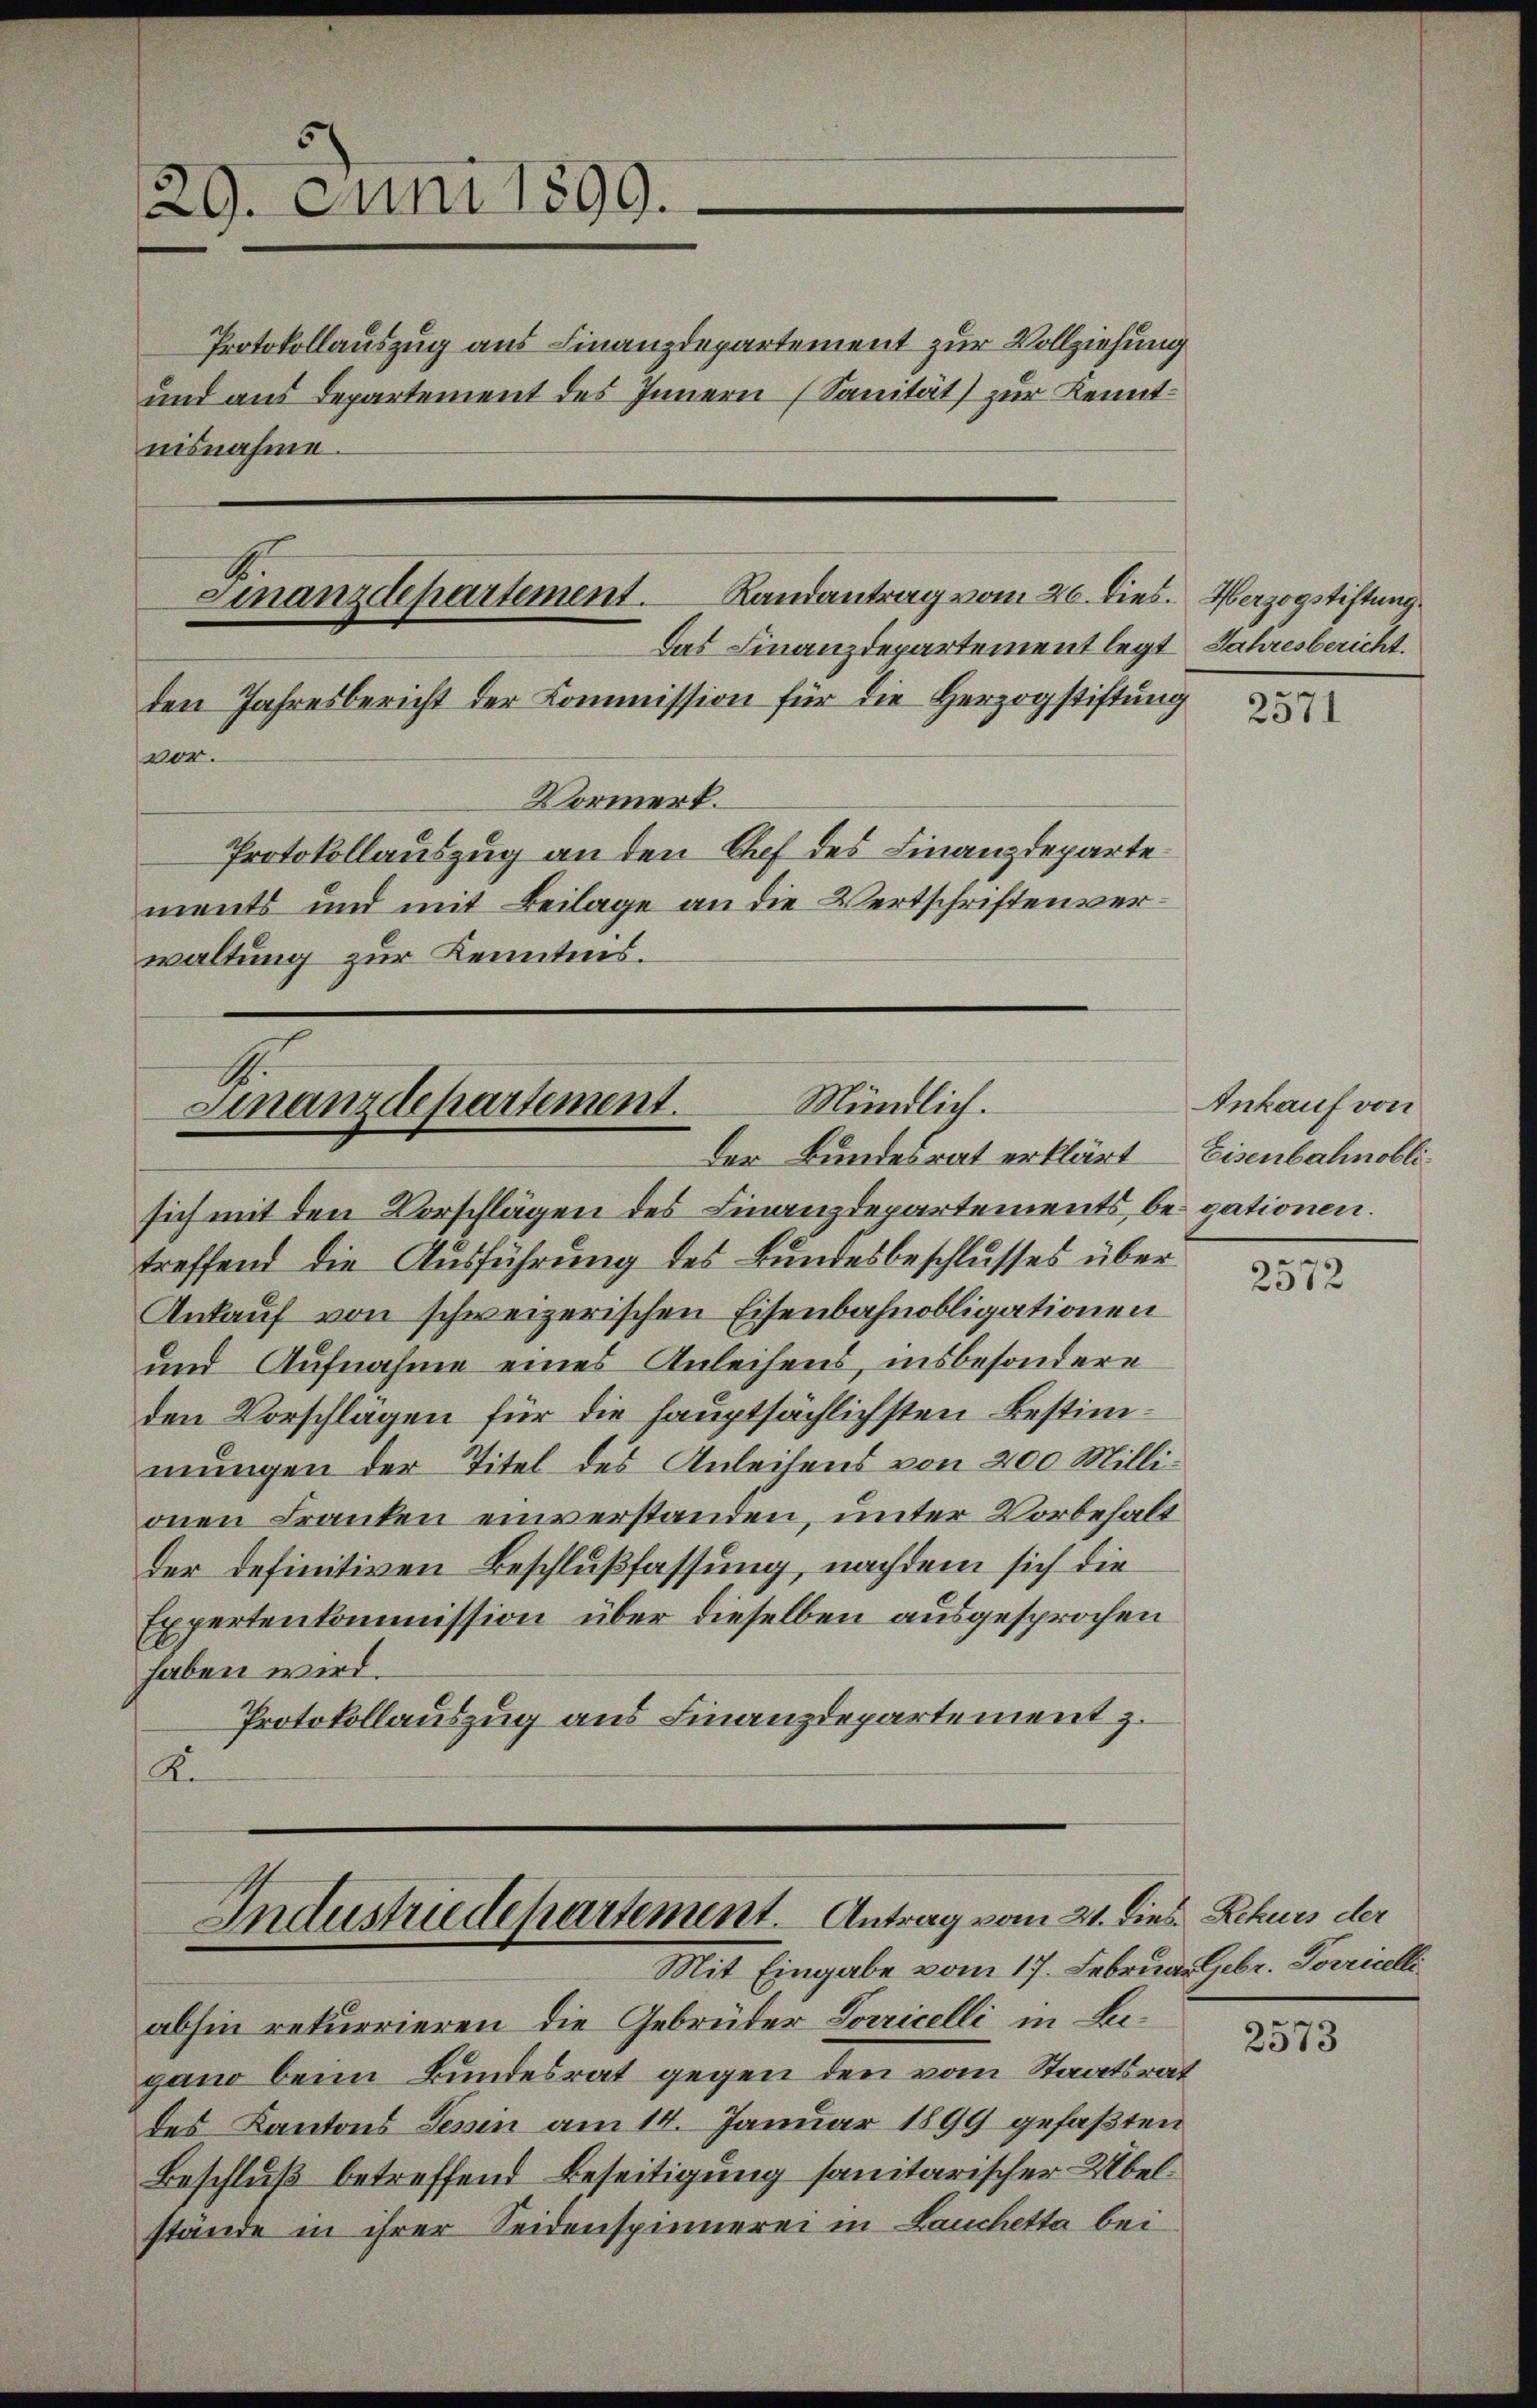
29. Juni 1899.

nisnahme.

Finanzdepartement. Landantrag vom 26. dies. Herzogstiftung.
Das Finanzdepartement legt Jahresbericht.
den Jahresbericht der Kommission für die Herzogstiftung
vor.

Vormerk.
Protokollauszug an den Chef des Finanzdeparte
ments und mit Beilage an die Wertschriften verwaltung zur Kenntnis.

Mündlich.
Finanzdepartement.
Der Bundesrat erklärt Eisenbahnobli¬

Protokollauszug aus Finanzdepartement zur Vollziehung
und aus Departement des Innern (Sanität) zur Kennt¬

Industriedepartement. Antrag vom 21. dies Rekurs der
Mit Eingabe vom 17. Februar Gebr. Porricelle

sich mit den Vorschlägen des Finanzdepartements, bei gationen.
treffend die Ausführung des Bundesbeschlusses über
Ankauf von schweizerischen Eisenbahnobligationen
und Aufnahme eines Anleihens, insbesondere
den Vorschlägen für die hauptsächlichsten Bestimmungen der Titel des Anleihens von 200 Millionen Franken einverstanden, unter Vorbehalt
der definitiven Beschlußfassung, nachdem sich die
Expertenkommission über dieselben ausgesprochen
haben wird.
Protokollauszug aus Finanzdepartement z.
K.

abhin rekurrieren die Gebrüder Vorricelli in Beigano beim Bundesrat gegen den vom Staatsrat
des Kantons Serin am 14. Januar 1899 gefaßten
Beschluß betreffend Beseitigung sanitarischer Übelstände in ihrer Seidenspinnerei in Bauchetta bei

2571

Ankauf von

2572

2573